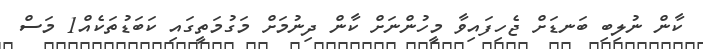
ކާން ނުލިބި ބަނޑަށް ޖެހިފައިވާ މީހުންނަށް ކާން ދިނުމަށް މަގުމަތީގައި ކަބަޑުތަކެއް1 މަސް